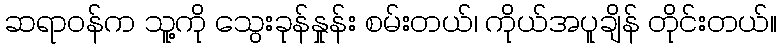
ဆရာဝန်က သူ့ကို သွေးခုန်နှုန်း စမ်းတယ်၊ ကိုယ်အပူချိန် တိုင်းတယ်။